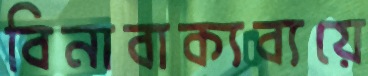
বিনাবাক্যব্যয়ে